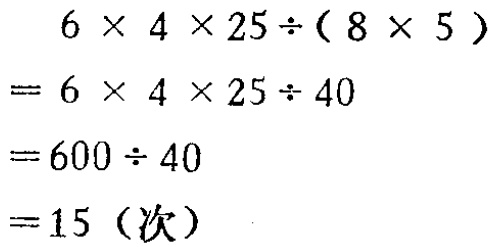
\[
\begin{align*}
&6\times4\times25\div(8\times5)\\
=&6\times4\times25\div40\\
=&600\div40\\
=&15 (\text{次})
\end{align*}
\]